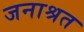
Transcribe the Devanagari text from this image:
जनाश्रत